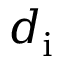
d _ { \mathrm { i } }